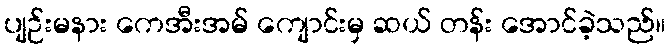
ပျဉ်းမနား ကေအီးအမ် ကျောင်းမှ ဆယ် တန်း အောင်ခဲ့သည်။